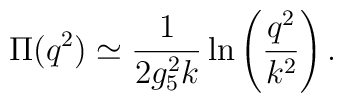
\Pi(q^2)\simeq{1\over 2 g_5^2 k}\ln\left({q^2\over k^2}\right).